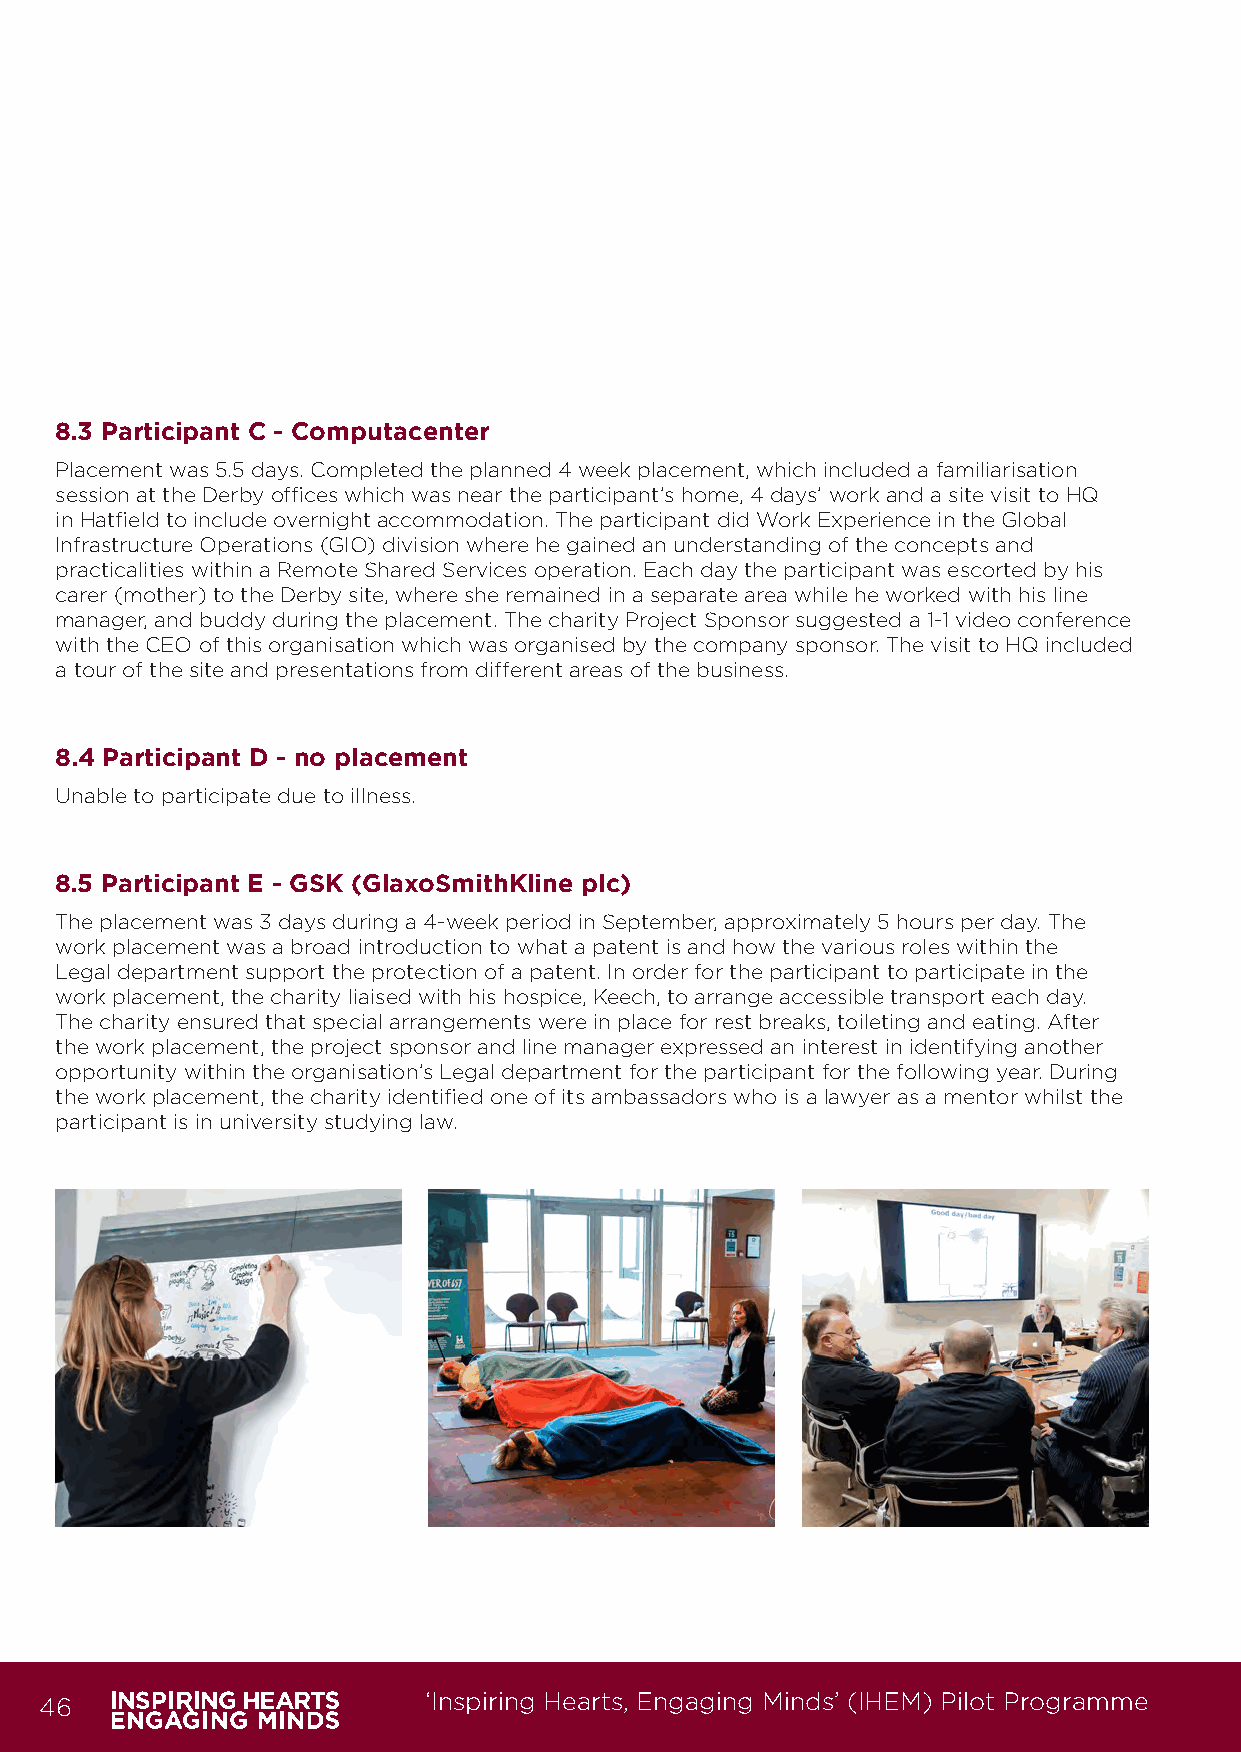
8.3 Participant C - Computacenter
 Placement was 5.5 days. Completed the planned 4 week placement, which included a familiarisation
 session at the Derby offices which was near the participant’s home, 4 days’ work and a site visit to HQ
 in Hatfield to include overnight accommodation. The participant did Work Experience in the Global
 Infrastructure Operations (GIO) division where he gained an understanding of the concepts and
 practicalities within a Remote Shared Services operation. Each day the participant was escorted by his
 carer (mother) to the Derby site, where she remained in a separate area while he worked with his line
 manager, and buddy during the placement. The charity Project Sponsor suggested a 1-1 video conference
 with the CEO of this organisation which was organised by the company sponsor. The visit to HQ included
 a tour of the site and presentations from different areas of the business.
 8.4 Participant D - no placement
 Unable to participate due to illness.
 8.5 Participant E - GSK (GlaxoSmithKline plc)
 The placement was 3 days during a 4-week period in September, approximately 5 hours per day. The
 work placement was a broad introduction to what a patent is and how the various roles within the
 Legal department support the protection of a patent. In order for the participant to participate in the
 work placement, the charity liaised with his hospice, Keech, to arrange accessible transport each day.
 The charity ensured that special arrangements were in place for rest breaks, toileting and eating. After
 the work placement, the project sponsor and line manager expressed an interest in identifying another
 opportunity within the organisation’s Legal department for the participant for the following year. During
 the work placement, the charity identified one of its ambassadors who is a lawyer as a mentor whilst the
 participant is in university studying law.
 46                       ‘Inspiring Hearts, Engaging Minds’ (IHEM) Pilot Programme
 IHEM-Evaluation-Summary-Report_Brand Compliant.indd 46                  29/09/2020 06:59:30